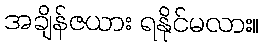
အချိန်ဇယား ရနိုင်မလား။